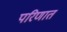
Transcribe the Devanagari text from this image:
परिणात